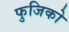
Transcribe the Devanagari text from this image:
फुजिको